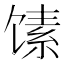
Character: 𲋩